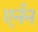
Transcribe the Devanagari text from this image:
एर्नन